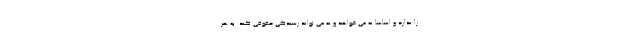
را ندارد و اساساً نه می خواهد و نه می تواند رسیدگی حقوقی کند. به هر